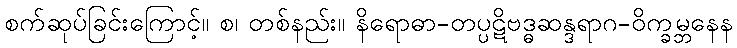
စက်ဆုပ်ခြင်းကြောင့်။ စ၊ တစ်နည်း။ နိရောဓာ-တပ္ပဋိဗဒ္ဓဆန္ဒရာဂ-ဝိက္ခမ္ဘနေန